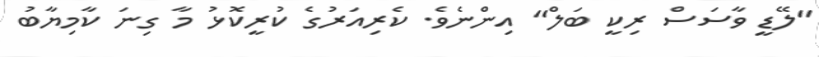
"ލޭޑީ ވާސަސް ރިކީ ބަލް" އިންނެވެ. ކެރިއަރުގެ ކުރީކޮޅު މާ ގިނަ ކާމިޔާބު